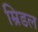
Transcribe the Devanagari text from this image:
म्रिडल